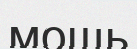
мощь